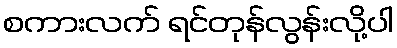
စကားလက် ရင်တုန်လွန်းလို့ပါ